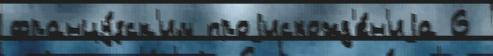
францу́зск'им проjисхожд'е́н'иjа 6